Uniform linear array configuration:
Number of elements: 12
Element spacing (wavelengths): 0.5
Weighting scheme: cosine
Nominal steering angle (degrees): -30
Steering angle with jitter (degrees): -28.979
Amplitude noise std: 0.05
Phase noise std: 0.05

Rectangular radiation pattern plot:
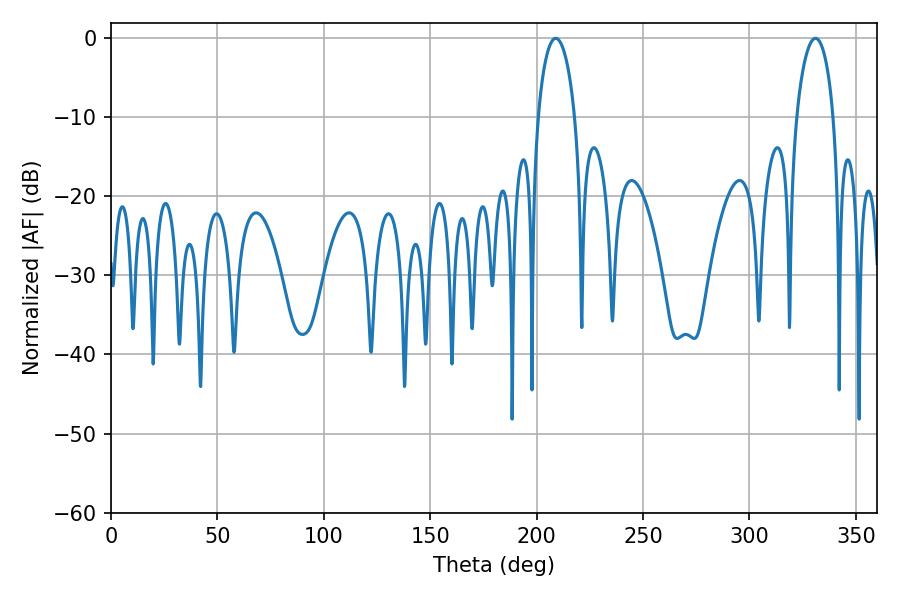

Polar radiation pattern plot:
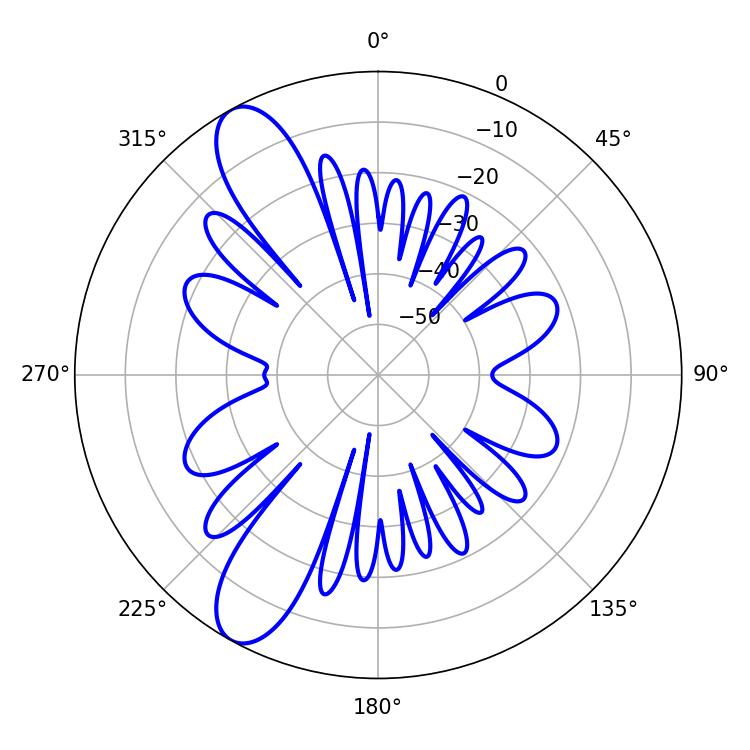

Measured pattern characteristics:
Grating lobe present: FALSE
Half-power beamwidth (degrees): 9.9
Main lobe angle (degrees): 208.98